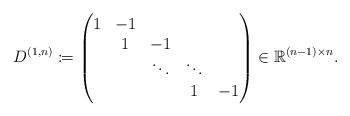
\begin{align*}D^{(1,n)}\coloneqq\begin{pmatrix}1 & -1 & & & \\& 1 & -1 & & \\& & \ddots & \ddots & \\& & & 1 & -1 \\\end{pmatrix}\in\mathbb{R}^{(n-1)\times n}.\end{align*}